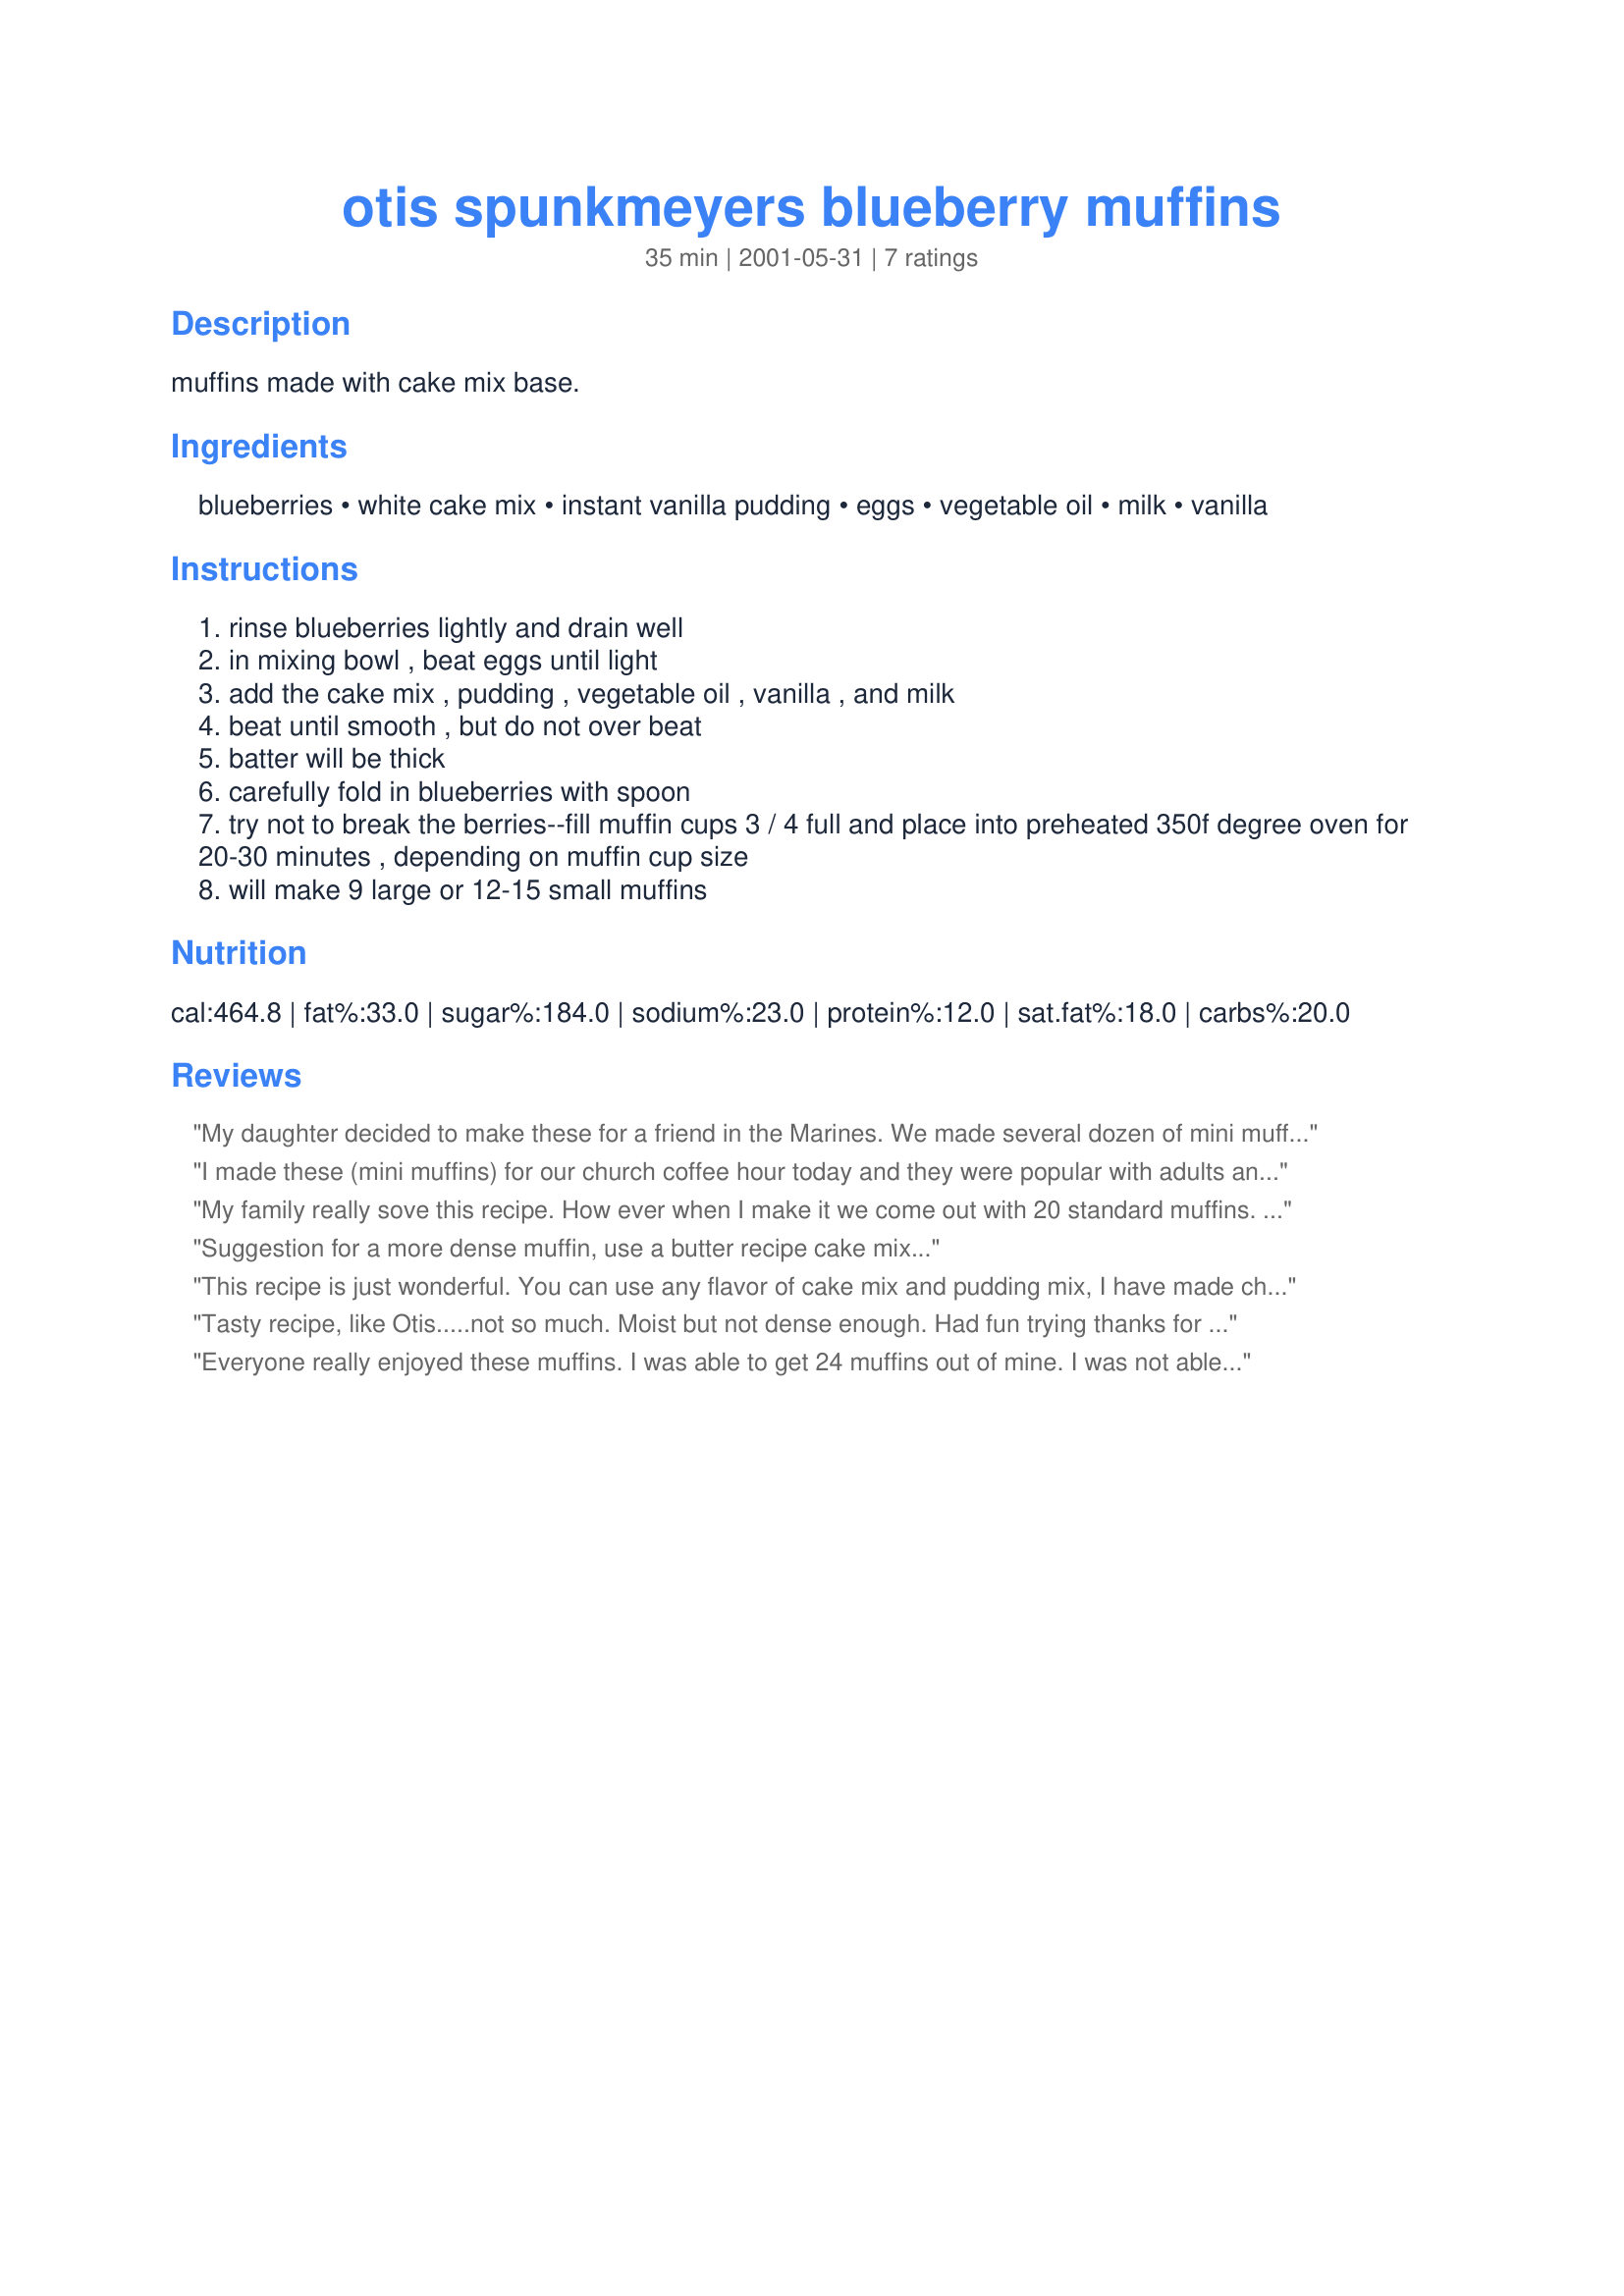
otis spunkmeyers blueberry muffins
Preparation time: 35 minutes

muffins made with cake mix base.

Ingredients:
blueberries, white cake mix, instant vanilla pudding, eggs, vegetable oil, milk, vanilla

Steps:
rinse blueberries lightly and drain well
in mixing bowl , beat eggs until light
add the cake mix , pudding , vegetable oil , vanilla , and milk
beat until smooth , but do not over beat
batter will be thick
carefully fold in blueberries with spoon
try not to break the berries--fill muffin cups 3 / 4 full and place into preheated 350f degree oven for 20-30 minutes , depending on muffin cup size
will make 9 large or 12-15 small muffins

Reviews:
My daughter decided to make these for a friend in the Marines. We made several dozen of mini muffins using this recipe. They were so good they are asking for more.
I made these (mini muffins) for our church coffee hour today and they were popular with adults and children. It was a great time-saver! I've never had the pleasure of "Otis's" muffins but I will say that these were excellent texture (nice spring) and lots of sweet flavor. I used frozen organic blueberries. Thanks Southern Chef, for posting.

Roxygirl
My family really sove this recipe. How ever when I make it we come out with 20 standard muffins. My children like to help make it.
Suggestion for a more dense muffin, use a butter recipe cake mix...
This recipe is just wonderful. You can use any flavor of cake mix and pudding mix, I have made chocolate, cherry, and lemon. They are very easy to make. They turn out with the big tops just like the ones you buy. I always make mine in the large muffin tins. I have used this recipe over and over, my friends and family want to know where I buy my muffins.
Tasty recipe, like Otis.....not so much. Moist but not dense enough. Had fun trying thanks for sharing!
Everyone really enjoyed these muffins. I was able to get 24 muffins out of mine. I was not able to find canned blueberries, so I used frozen and let them thaw out at room temperature. My son plans to take one for snack time tomorrow. Thank you for sharing.
